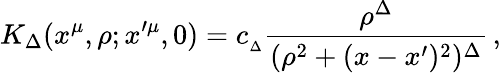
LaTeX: K_{\Delta}(x^{\mu},\rho;x^{\prime\mu},0)=c_{_{\Delta}}{\frac{\rho^{\Delta}}{(\rho^{2}+(x-x^{\prime})^{2})^{\Delta}}}\, ,